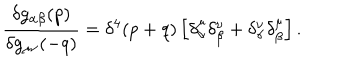
LaTeX: \frac { \delta g _ { \alpha \beta } ( p ) } { \delta g _ { \mu \nu } ( - q ) } = \delta ^ { 4 } ( p + q ) \left[ \delta _ { \alpha } ^ { \mu } \delta _ { \beta } ^ { \nu } + \delta _ { \alpha } ^ { \nu } \delta _ { \beta } ^ { \mu } \right] .